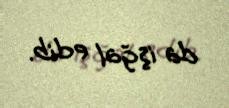
da işğal edib.